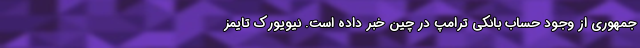
جمهوری از وجود حساب بانکی ترامپ در چین خبر داده است. نیویورک تایمز